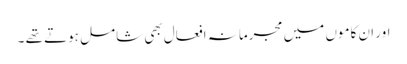
اور ان کاموں میں مجرمانہ افعال بھی شامل ہوتے تھے ۔